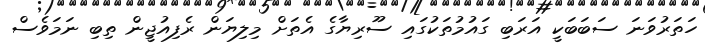
ހަތަރުވަނަ ސަބަބަކީ އަރަބި ގައުމުތަކުގައި ސޫރިޔާގެ އެތަށް މިލިޔަން ރެފިއުޖީން ތިބި ނަމަވެސް